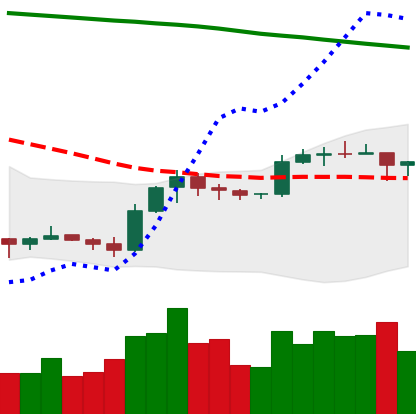
Ticker: EOS-USD
Chart end date: 2019-09-20
Forward return: -27.381%
Label: down_7plus